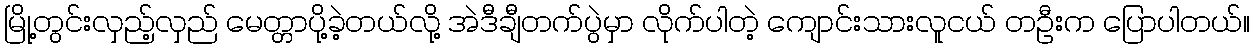
မြို့တွင်းလှည့်လှည် မေတ္တာပို့ခဲ့တယ်လို့ အဲဒီချီတက်ပွဲမှာ လိုက်ပါတဲ့ ကျောင်းသားလူငယ် တဦးက ပြောပါတယ်။